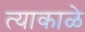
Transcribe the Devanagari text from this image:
त्याकाळे